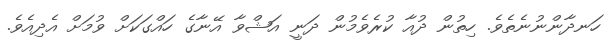
ހަނދާންނުނެތެވެ. ހިތުން ދުއާ ކުރެވެމުން ދަނީ އަޝްވާ އޭނާގެ ހައްގަކަށް ވުމަށް އެދިއެވެ.